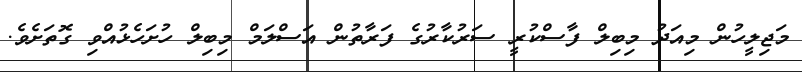
މަޖިލީހުން މިއަދު މިބިލް ފާސްކުރީ ސަރުކާރުގެ ފަރާތުން އަސްލަމް މިބިލް ހުށަހެޅުއްވި ގޮތަށެވެ.